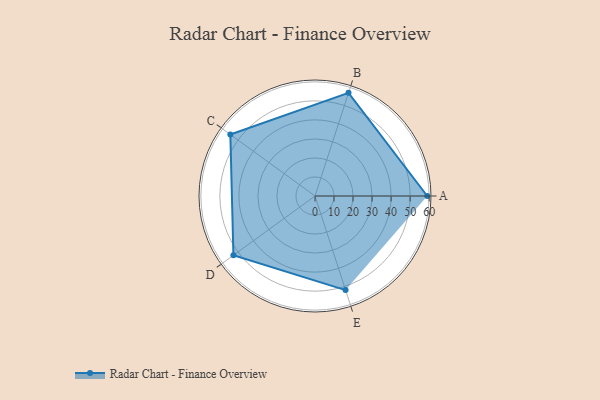
{"axis": {"x": "Skill", "y": "Score"}, "legend": ["Profile"], "data": [{"x": "A", "y": 59.0, "type": "Profile"}, {"x": "B", "y": 57.0, "type": "Profile"}, {"x": "C", "y": 55.0, "type": "Profile"}, {"x": "D", "y": 53.0, "type": "Profile"}, {"x": "E", "y": 52.0, "type": "Profile"}]}